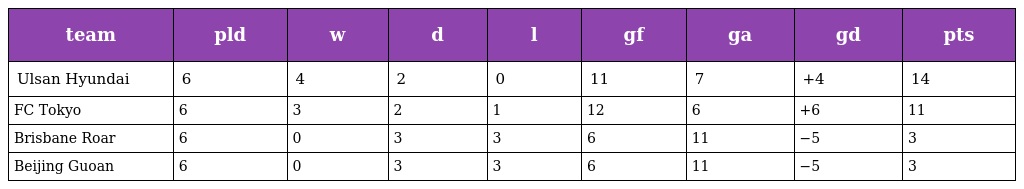
| team | pld | w | d | l | gf | ga | gd | pts |
 | --- | --- | --- | --- | --- | --- | --- | --- | --- |
 | Ulsan Hyundai | 6 | 4 | 2 | 0 | 11 | 7 | +4 | 14 |
 | FC Tokyo | 6 | 3 | 2 | 1 | 12 | 6 | +6 | 11 |
 | Brisbane Roar | 6 | 0 | 3 | 3 | 6 | 11 | −5 | 3 |
 | Beijing Guoan | 6 | 0 | 3 | 3 | 6 | 11 | −5 | 3 |